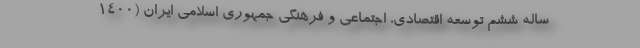
ساله ششم توسعه اقتصادی، اجتماعی و فرهنگی جمهوری اسلامی ایران (۱۴۰۰-